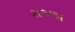
રાજજા